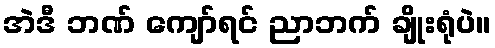
အဲဒီ ဘဏ် ကျော်ရင် ညာဘက် ချိုးရုံပဲ။